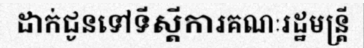
ដាក់ជូនទៅទីស្តីការគណៈរដ្ឋមន្ត្រី